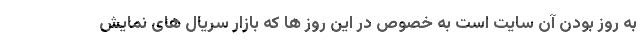
به روز بودن آن سایت است به خصوص در این روز ها که بازار سریال های نمایش